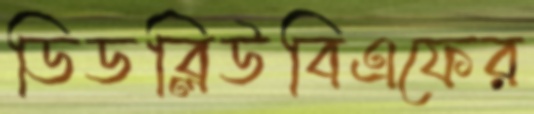
ডিডব্লিউবিএফের